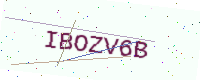
Text: IBOZV6B